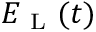
E _ { \mathrm { ~ L ~ } } ( t )